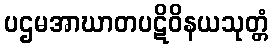
ပဌမအာဃာတပဋိဝိနယသုတ္တံ